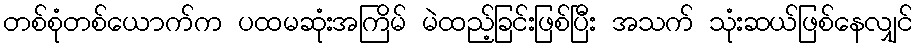
တစ်စုံတစ်ယောက်က ပထမဆုံးအကြိမ် မဲထည့်ခြင်းဖြစ်ပြီး အသက် သုံးဆယ်ဖြစ်နေလျှင်